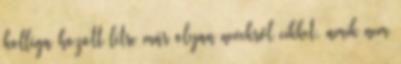
kolléga hozott létre már olyan nevekről cikket, amik nem